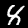
Digit: 8